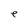
Character: e